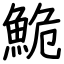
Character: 鮠